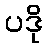
ပဒို